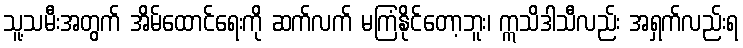
သူ့သမီးအတွက် အိမ်ထောင်ရေးကို ဆက်လက် မကြံနိုင်တော့ဘူး၊ ဣသိဒါသီလည်း အရှက်လည်းရ